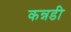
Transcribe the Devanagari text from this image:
कन्नडी